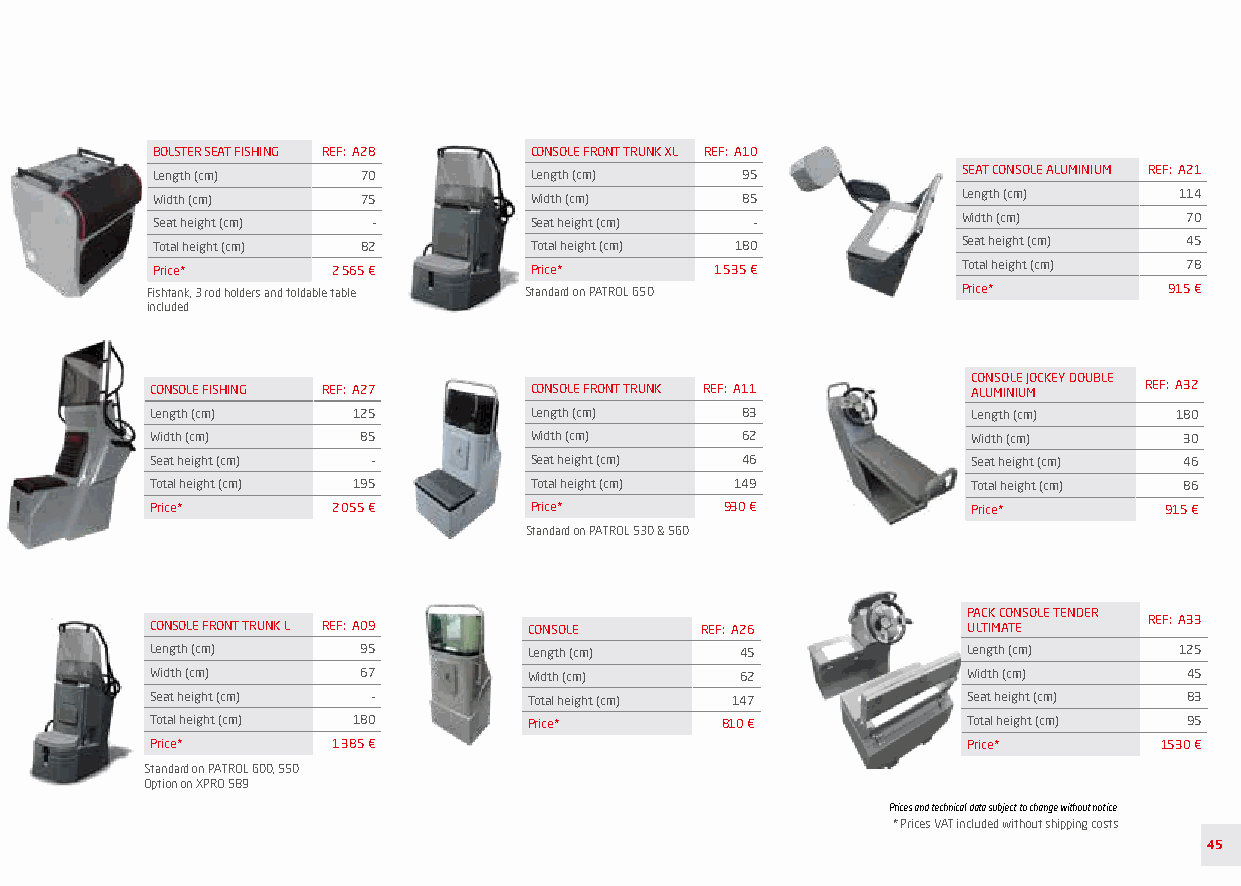
BOLSTER SEAT L REF: A07 BOLSTER SEAT FISHING REF: A28 CONSOLE FRONT TRUNK XL REF: A10
 Length (cm) 40 Length (cm) 70      Length (cm)   95             SEAT CONSOLE ALUMINIUM REF: A21
 Width (cm) 65 Width (cm) 75        Width (cm)    85             Length (cm)   114
 Seat height (cm) - Seat height (cm) - Seat height (cm) -        Width (cm)    70
 Total height (cm) 75 Total height (cm) 82 Total height (cm) 180 Seat height (cm) 45
 Price* 870 € Price*   2 565 €      Price*      1 535 €          Total height (cm) 78
 Standard on PATROL 600, 550. and XPRO 589 Fishtank, 3 rod holders and foldable table Standard on PATROL 650 Price* 915 €
 included
 BOLSTER SEAT XL REF: A08 CONSOLE FISHING REF: A27 CONSOLE FRONT TRUNK REF: A11 C AO LUN MSO INL IE U J MOCKEY DOUBLE REF: A32
 Length (cm) 40
 Length (cm)  125         Length (cm)   83             Length (cm)   180
 Width (cm) 85
 Width (cm)    85         Width (cm)    62             Width (cm)    30
 Seat height (cm) -
 Seat height (cm) -       Seat height (cm) 46          Seat height (cm) 46
 Total height (cm) 75
 Total height (cm) 195    Total height (cm) 149        Total height (cm) 86
 Price* 975 €
 Price*      2 055 €      Price*       930 €           Price*       915 €
 Standard on PATROL 650
 Standard on PATROL 530 & 560
 PACK CONSOLE TENDER
 LEANING POST REF: A13 CONSOLE FRONT TRUNK L REF: A09 CONSOLE REF: A26 ULTIMATE REF: A33
 Length (cm) 42 Length (cm) 95      Length (cm)   45             Length (cm)   125
 Width (cm) 50 Width (cm) 67        Width (cm)    62             Width (cm)     45
 Total height (cm) 83 Seat height (cm) - Total height (cm) 147   Seat height (cm) 83
 Price* 623 € Total height (cm) 180 Price*       810 €           Total height (cm) 95
 Price*      1 385 €                                   Price*       1530 €
 Standard on PATROL 600, 550
 Option on XPRO 589.
 Prices and technical data subject to change without notice.
 * Prices VAT included without shipping costs
 45